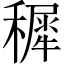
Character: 穉